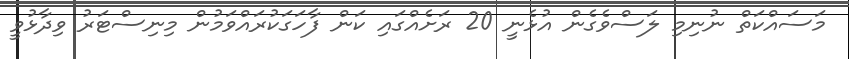
މަސައްކަތް ނުނިމި ލަސްވެގެން އުޅެނީ 20 ރަށެއްގައި ކަން ފާހަގަކުރައްވަމުން މިނިސްޓަރު ވިދާޅުވީ